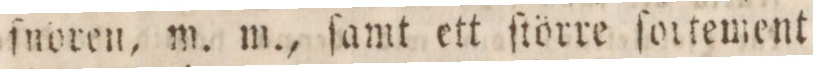
ſnoren, m. m., ſamt ett ſtörre ſottement